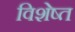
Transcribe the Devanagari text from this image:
विशेष्त